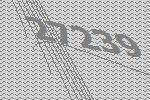
27239